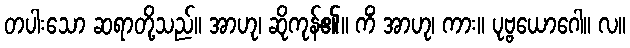
တပါးသော ဆရာတို့သည်။ အာဟု၊ ဆိုကုန်၏။ ကိံ အာဟု၊ ကား။ ပုဗ္ဗယောဂေါ။ လ။